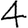
Digit: 4